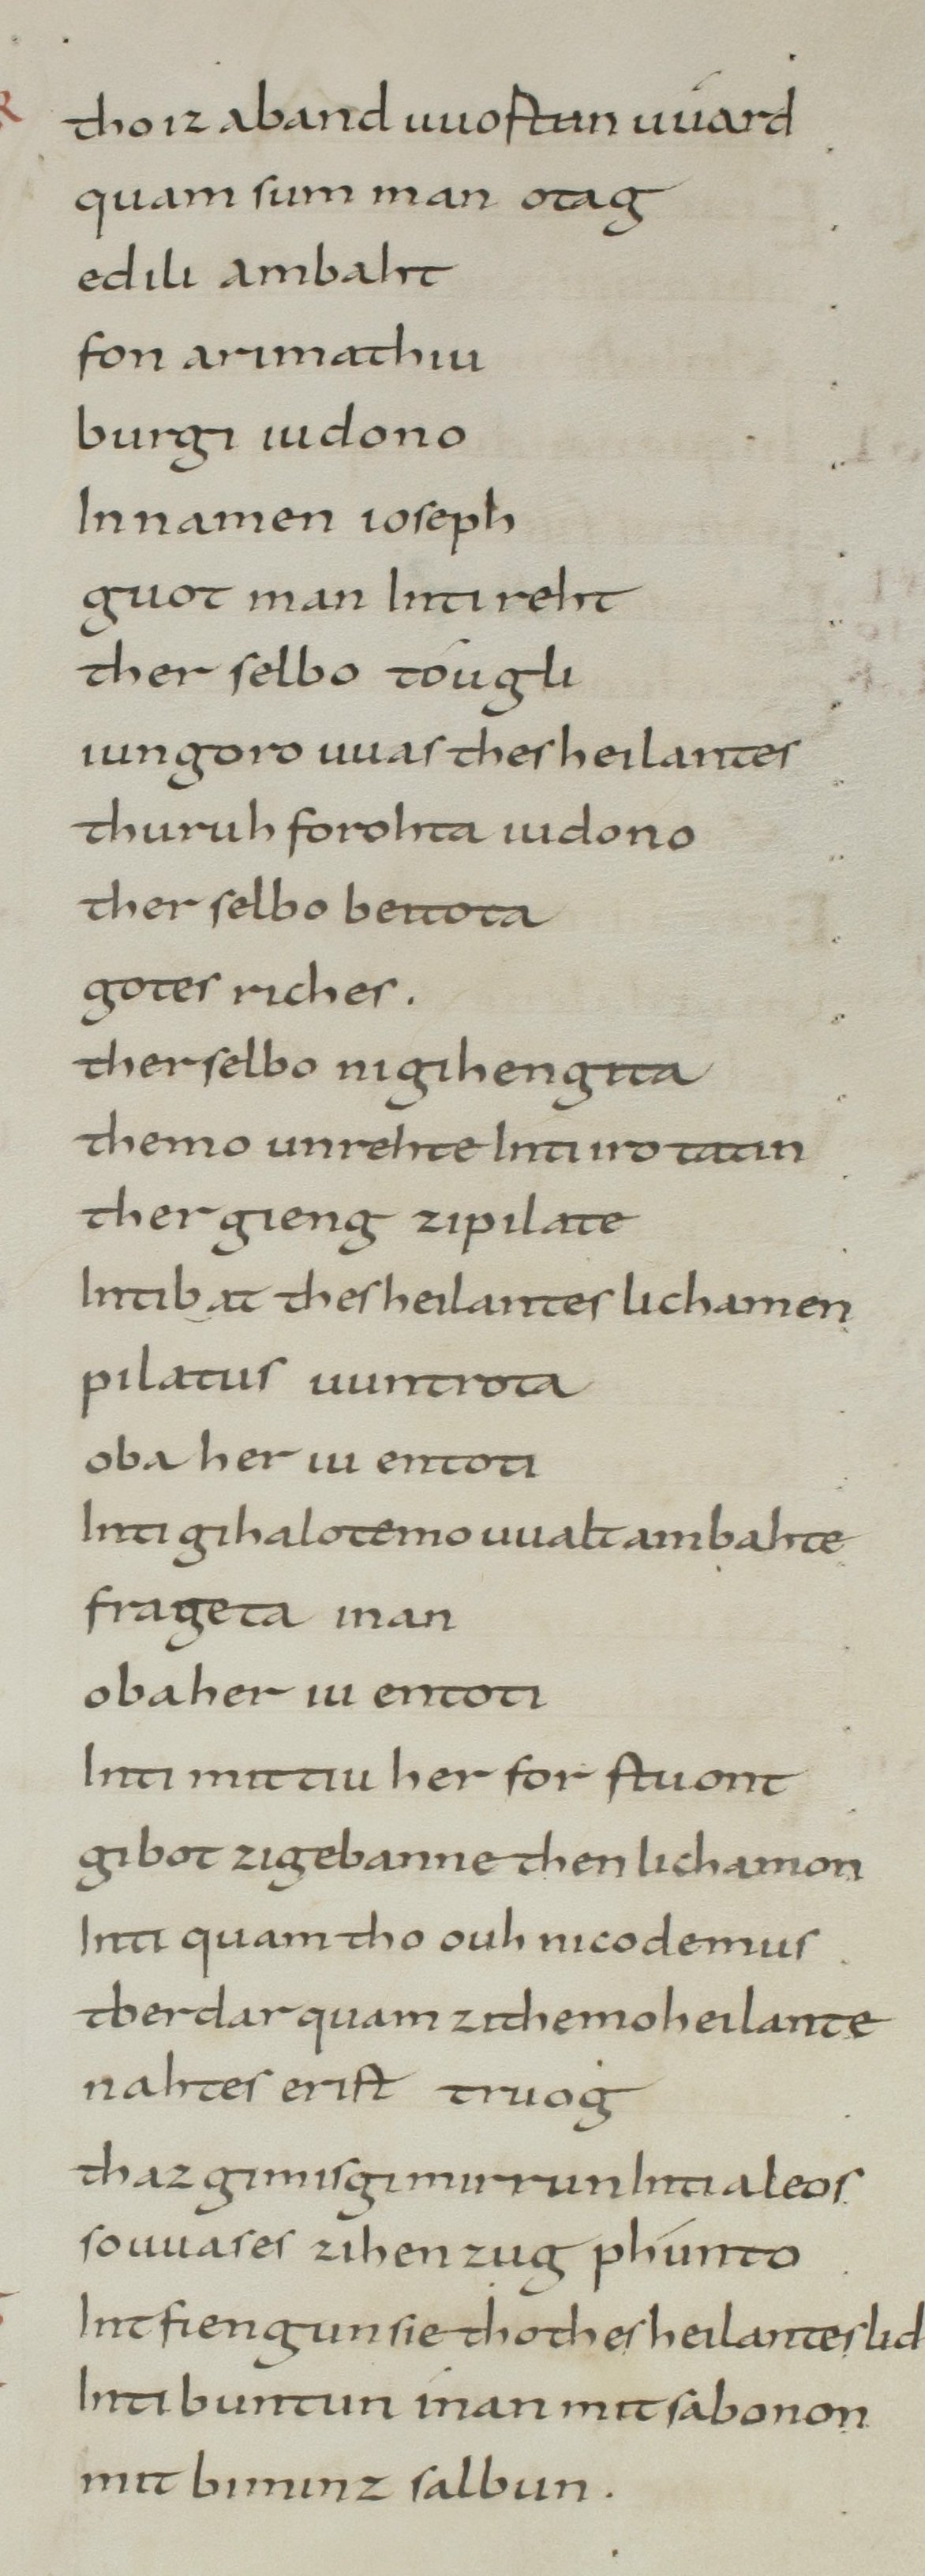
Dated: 800–849